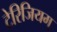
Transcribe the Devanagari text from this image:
टेरिजियम्